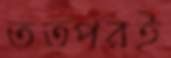
তত্পরই